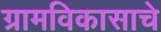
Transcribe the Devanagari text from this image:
ग्रामविकासाचे